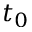
t _ { 0 }